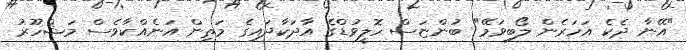
"އޭނާ ދެކެ އަހަރެން ލޯބިވަމޭ" ބުންޏަސް ހޮލީވުޑްގެ އާދަކާދައިގެ މަތިން އަނެއްކާވެސް މަޝްހޫރު